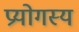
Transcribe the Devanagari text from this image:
प्रयोगस्य